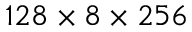
1 2 8 \times 8 \times 2 5 6